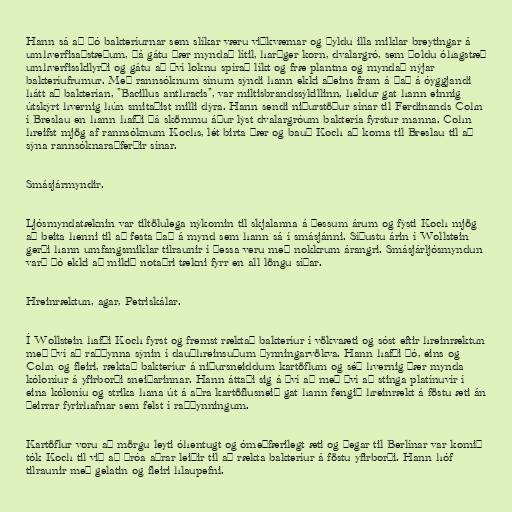
Hann sá að þó bakteríurnar sem slíkar væru viðkvæmar og þyldu illa miklar breytingar á
umhverfisaðstæðum, þá gátu þær myndað lítil, harðger korn, dvalargró, sem þoldu óhagstæð
umhverfisskilyrði og gátu að því loknu spírað líkt og fræ plantna og myndað nýjar
bakteríufrumur. Með rannsóknum sínum sýndi hann ekki aðeins fram á það á óyggjandi
hátt að bakterían, "Bacillus anthracis", var miltisbrandssýkillinn, heldur gat hann einnig
útskýrt hvernig hún smitaðist milli dýra. Hann sendi niðurstöður sínar til Ferdinands Cohn
í Breslau en hann hafði þá skömmu áður lýst dvalargróum baktería fyrstur manna. Cohn
hreifst mjög af rannsóknum Kochs, lét birta þær og bauð Koch að koma til Breslau til að
sýna rannsóknaraðferðir sínar.

Smásjármyndir.

Ljósmyndatæknin var tiltölulega nýkomin til skjalanna á þessum árum og fýsti Koch mjög
að beita henni til að festa það á mynd sem hann sá í smásjánni. Síðustu árin í Wollstein
gerði hann umfangsmiklar tilraunir í þessa veru með nokkrum árangri. Smásjárljósmyndun
varð þó ekki að mikið notaðri tækni fyrr en all löngu síðar.

Hreinræktun, agar, Petriskálar.

Í Wollstein hafði Koch fyrst og fremst ræktað bakteríur í vökvaæti og sóst eftir hreinræktun
með því að raðþynna sýnin í dauðhreinsuðum þynningarvökva. Hann hafði þó, eins og
Cohn og fleiri, ræktað bakteríur á niðursneiddum kartöflum og séð hvernig þær mynda
kóloníur á yfirborði sneiðarinnar. Hann áttaði sig á því að með því að stinga platínuvír í
eina kóloníu og strika hana út á aðra kartöflusneið gat hann fengið hreinrækt á föstu æti án
þeirrar fyrirhafnar sem felst í raðþynningum.

Kartöflur voru að mörgu leyti óhentugt og ómeðfærilegt æti og þegar til Berlínar var komið
tók Koch til við að þróa aðrar leiðir til að rækta bakteríur á föstu yfirborði. Hann hóf
tilraunir með gelatin og fleiri hlaupefni.